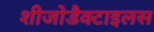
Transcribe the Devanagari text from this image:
शीजोडैक्टाइलस